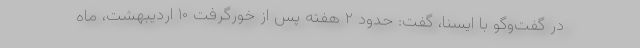
در گفت‌وگو با ایسنا، گفت: حدود ۲ هفته پس از خورگرفت ۱۰ اردیبهشت، ماه